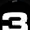
Digit: 3